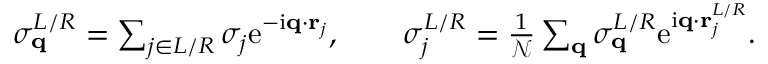
\begin{array} { r } { \sigma _ { \mathbf { q } } ^ { L / R } = \sum _ { j \in L / R } \sigma _ { j } \mathrm { e } ^ { - \mathrm { i } \mathbf { q } \cdot \mathbf { r } _ { j } } , \qquad \sigma _ { j } ^ { L / R } = \frac { 1 } { \mathcal { N } } \sum _ { \mathbf { q } } \sigma _ { \mathbf { q } } ^ { L / R } \mathrm { e } ^ { \mathrm { i } \mathbf { q } \cdot \mathbf { r } _ { j } ^ { L / R } } . } \end{array}